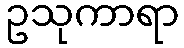
ဥသုကာရာ